Annual report of the Punjab Veterinary College and of the Civil Veterinary Department, Punjab - 1926-1932
Year: 1926
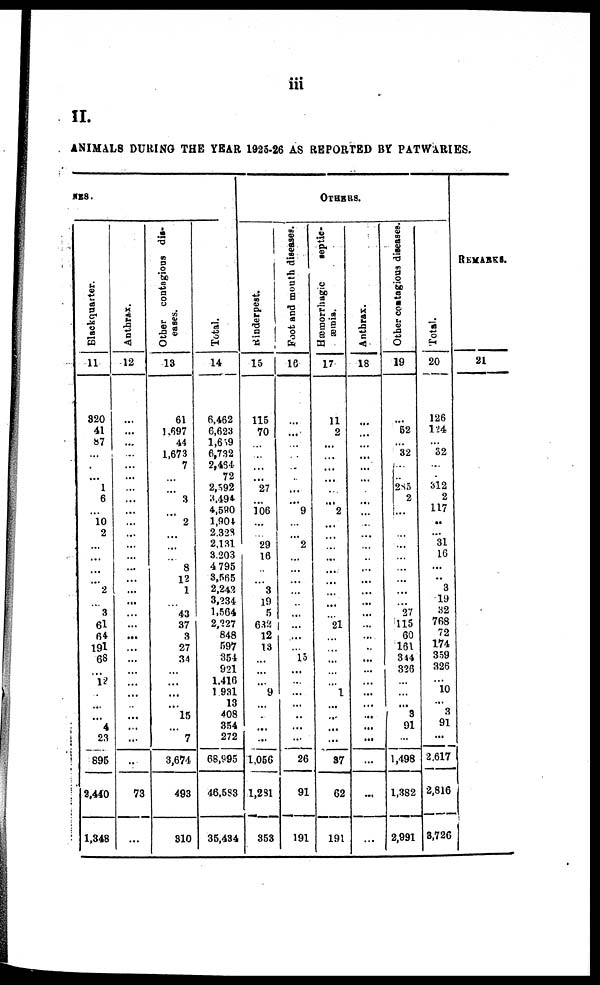
iii
II.
ANIMALS DURING THE YEAR 1925-26 AS REPORTED BY PATWARIES.
NES.
Blackquarter.
11
320
41
87
...
...
...
1
6
...
10
2
...
...
...
...
2
...
3
61
64
191
68
...
12
...
...
...
4
23
895
2,440
1,348
Anthrax.
12
...
...
...
...
...
...
...
...
...
...
...
...
...
...
...
...
...
...
...
...
...
...
...
...
...
...
...
...
...
...
73
...
Other contagious dis-
eases.
13
61
1,697
44
1,673
7
...
...
3
...
2
...
...
...
8
12
1
...
43
37
3
27
34
...
...
...
...
15
...
7
3,674
493
310
Total.
14
6,462
6,623
1,669
6,732
2,464
72
2,592
3,494
4,580
1,904
2,328
2,131
3.203
4 795
3,565
2,242
3,234
1,564
2,227
848
597
354
921
1.416
1 931
13
408
354
272
68,995
46,583
35,434
OTHERS.
Rinderpest.
15
115
70
...
...
...
...
27
...
106
...
...
29
16
...
...
3
19
5
632
12
13
...
...
...
9
...
...
...
...
1,056
1,231
353
Foot and mouth diseases.
16
...
...
...
...
...
...
...
...
9
...
... 2
...
...
...
...
...
...
...
...
...
15
...
...
...
...
...
...
...
26
91
191
Hæmorrhagic
septic-
-mia.
17
11
2
...
...
...
...
...
...
"2
...
...
...
...
...
...
...
...
...
21
...
...
...
...
...
1
...
...
...
...
37
62
191
Anthrax.
18
...
...
...
...
...
...
...
...
...
...
...
...
...
...
...
...
....
...
...
...
...
...
...
...
...
...
...
...
...
...
...
...
Other contagious diseases.
19
...
52
...
32
...
...
285
2
...
...
...
...
...
...
...
...
...
27
115
60
161
344
326
...
... ...
3
91
...
1,498
1,382
2,991
Total
20
126
124
...
32
...
...
312
2
117
...
... 31
16
...
...
3
19
32
768
72
174
359
326
...
10
...
3
91
...
2.617
2,816
3,726
REMARKS.
21